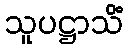
သူပဋ္ဌာသိံ